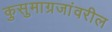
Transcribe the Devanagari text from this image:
कुसुमाग्रजांवरील